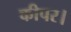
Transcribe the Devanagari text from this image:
कीपर।